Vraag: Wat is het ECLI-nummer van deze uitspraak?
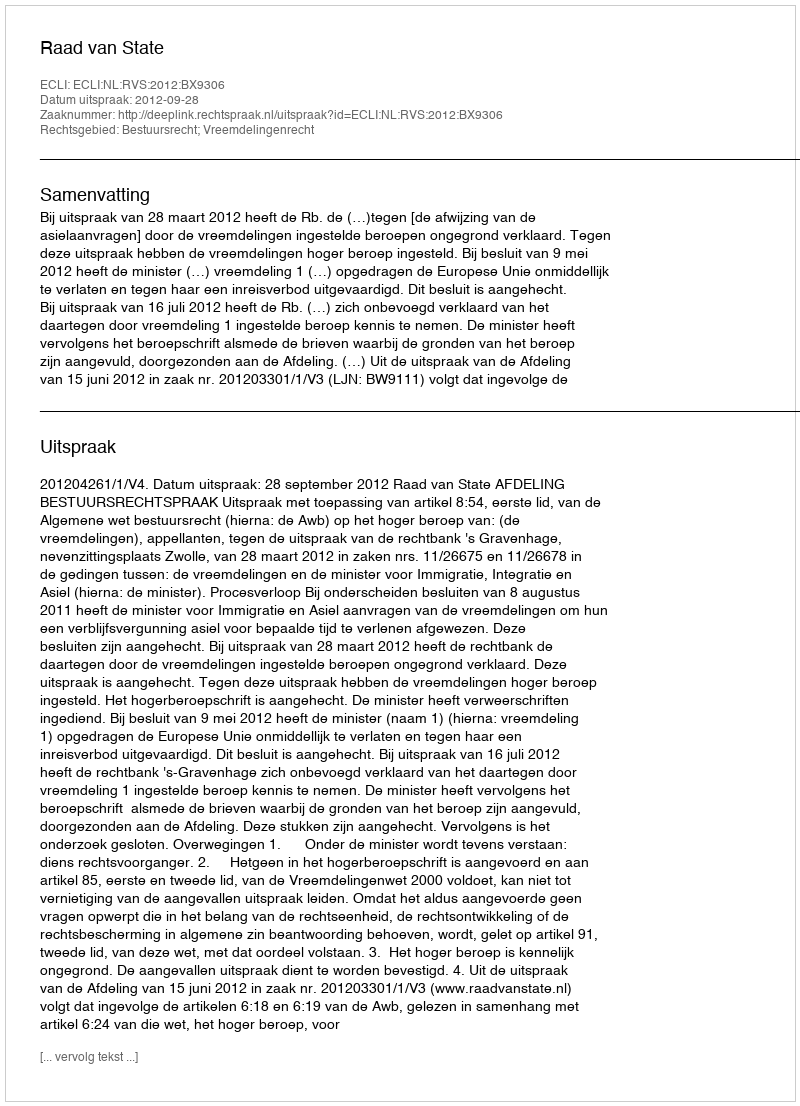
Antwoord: ECLI:NL:RVS:2012:BX9306